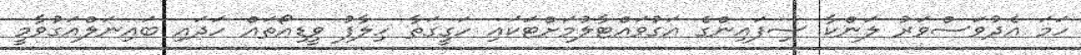
ހަމަ އެދުވަސްވަރު ލަންކާ ސިފައިންގެ އަގުވައްޓާލުމަށްޓަކައި ހަގީގަތާ ހިލާފު ވީޑިއޯތައް ހަދައި ބައިނަލްއަގުވާމީ